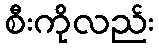
စီးကိုလည်း